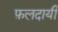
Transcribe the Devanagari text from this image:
फ़लदायी